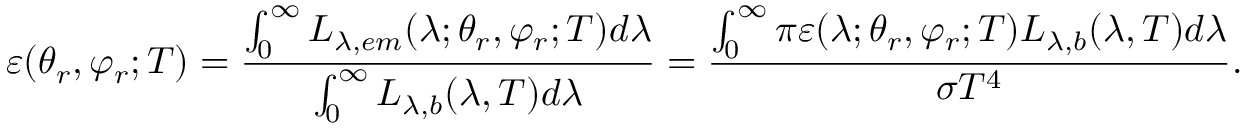
\varepsilon ( \theta _ { r } , \varphi _ { r } ; T ) = \frac { \int _ { 0 } ^ { \infty } L _ { \lambda , e m } ( \lambda ; \theta _ { r } , \varphi _ { r } ; T ) d \lambda } { \int _ { 0 } ^ { \infty } L _ { \lambda , b } ( \lambda , T ) d \lambda } = \frac { \int _ { 0 } ^ { \infty } \pi \varepsilon ( \lambda ; \theta _ { r } , \varphi _ { r } ; T ) L _ { \lambda , b } ( \lambda , T ) d \lambda } { \sigma T ^ { 4 } } \mathrm { . }